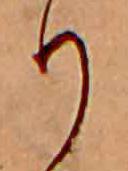
り